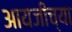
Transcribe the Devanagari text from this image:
आयजीच्या